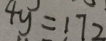
4 y = 1 7 2